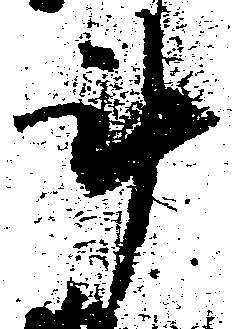
斗